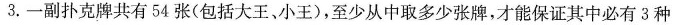
3.一副扑克牌共有54张(包括大王、小王)，至少从中取多少张牌，才能保证其中必有3种